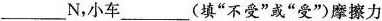
___N，小车___（填”不受”或”受”）摩擦力